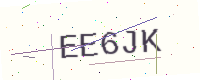
Text: EE6JK